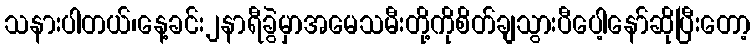
သနားပါတယ်၊နေ့ခင်း၂နာရီခွဲမှာအမေသမီးတို့ကိုစိတ်ချသွားပီပေါ့နော်ဆိုပြီးတော့